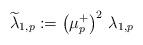
LaTeX: \begin{align*}\widetilde{\lambda}_{1,p}:= \left(\mu_p^+\right)^2\, \lambda_{1,p}\end{align*}